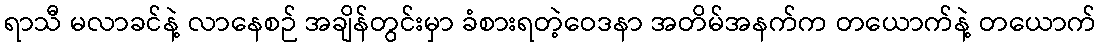
ရာသီ မလာခင်နဲ့ လာနေစဉ် အချိန်တွင်းမှာ ခံစားရတဲ့ဝေဒနာ အတိမ်အနက်က တယောက်နဲ့ တယောက်